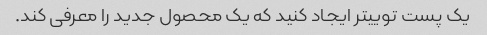
یک پست توییتر ایجاد کنید که یک محصول جدید را معرفی کند.